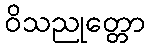
ဝိသညုတ္တော